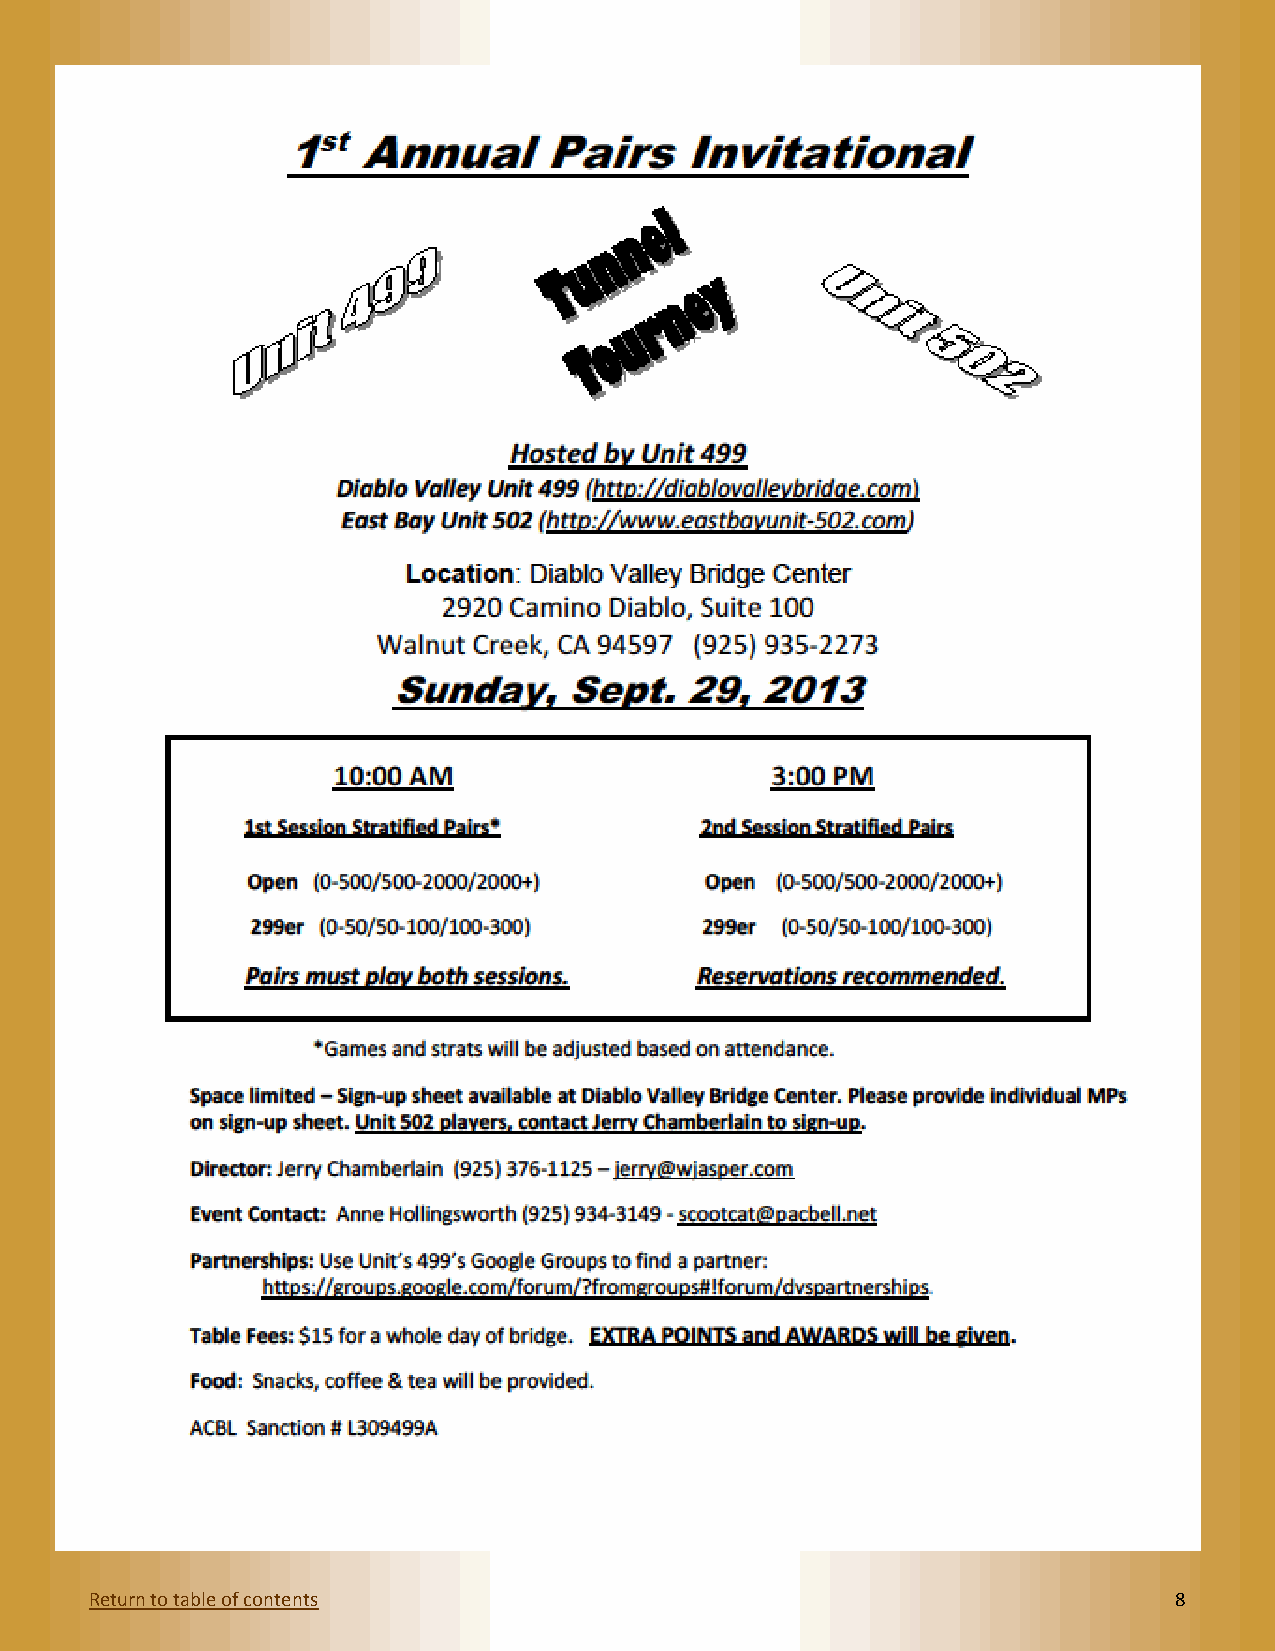
Return to table of contents                                             8